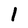
Character: l